Report of cholera committee
Disease focus: Cholera
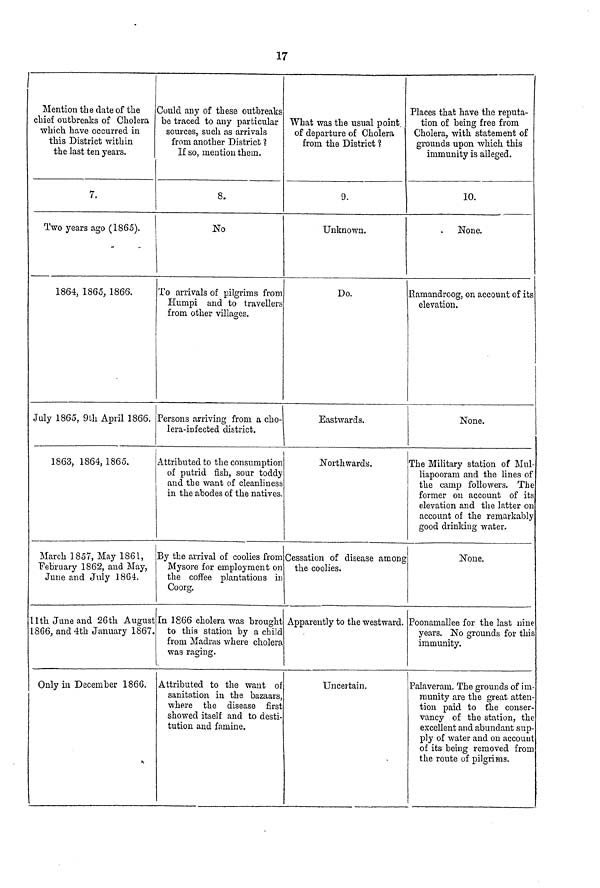
17
Mention the date of the
chief outbreaks of Cholera
which have occurred in
this District within
the last ten years.
7.
Two years ago (1865).
1864, 1865, 1866.
July 1865, 9th April 1866.
1863, 1864, 1865.
March 1857, May 1861,
February 1862, and May,
June and July 1864.
11th. June and 26th August
1866, and 4th January 1867.
Only in December 1866.
Could any of these outbreaks
be traced to any particular
sources, such as arrivals
from another District ?
If so, mention them.
8.
No
To arrivals of pilgrims from
Humpi and to travellers
from other villages.
Persons arriving from a cho-
lera-infected district.
Attributed to the consumption
of putrid fish, sour toddy
and the want of cleanliness
in the abodes of the natives.
By the arrival of coolies from
Mysore for employment on
the coffee plantations in
Coorg.
In 1866 cholera was brought
to this station by a child
from Madras where cholera
was raging.
Attributed to the want of
sanitation in the bazaars,
where the disease first
showed itself and to desti-
tution and famine.
What was the usual point.
of departure of Cholera
from the District 1
9.
Unknown.
Do.
Eastwards.
Northwards.
Cessation of disease among
the coolies.
Apparently to the westward.
Uncertain.
Places that have the reputa-
tion of being free from
Cholera, with statement of
grounds upon which this
immunity is alleged.
10.
None.
Ramandroog, on account of its
elevation.
None.
The Military station of Mul-
liapooram and the lines of
the camp followers. The
former on account of its
elevation and the latter on
account of the remarkably
good drinking water.
None.
Poonamallee for the last nine
years. No grounds for this
immunity.
Palaveram. The grounds of im-
munity are the great atten-
tion paid to the conser-
vancy of the station, the
excellent and abundant sup-
ply of water and on account
of its being removed from
the route of pilgrims.